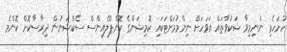
ހުށަހެޅި ނުނިމިވާ ޝަކުވާތައް އަވަހަށް ނިންމުމަށްޓަކައި ކޮމިޝަންގެ ކޮންޕްލެއިންސް ސެކްޝަނުން ދިރާސާކޮށް ކޮންމެ